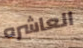
العاشره